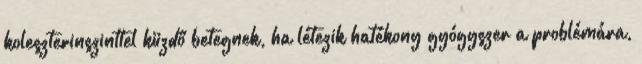
koleszterinszinttel küzdő betegnek, ha létezik hatékony gyógyszer a problémára,